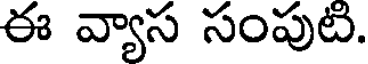
ఈ వ్యాస సంపుటి.